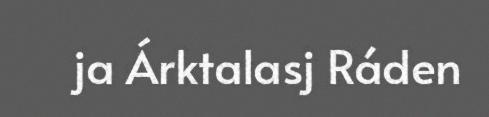
ja Árktalasj Ráden